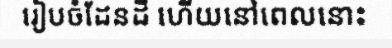
រៀបចំដែនដី ហើយនៅពេលនោះ